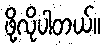
ဖို့လိုပါတယ်။